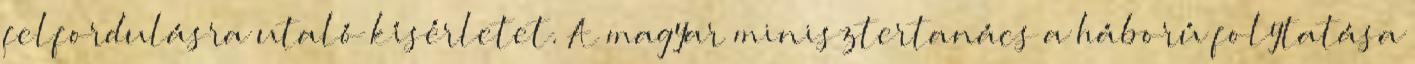
felfordulásra utaló kísérletet. A magyar minisztertanács a háború folytatása